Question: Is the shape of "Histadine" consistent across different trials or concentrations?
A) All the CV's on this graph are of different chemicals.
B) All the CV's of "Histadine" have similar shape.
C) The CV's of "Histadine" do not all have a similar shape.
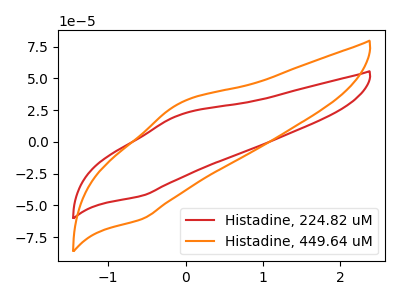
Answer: <think>The red curve "Histadine, 224.82 uM" has an anodic peak at (-0.10V, 21.15uA) and a cathodic peak at (-0.55V, -42.30uA). The orange curve "Histadine, 449.64 uM" has an anodic peak at (-0.10V, 30.30uA) and a cathodic peak at (-0.55V, -60.65uA).
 All the peaks in "Histadine, 224.82 uM" have a peak in "Histadine, 449.64 uM" at the same potential. Every peak in "Histadine, 224.82 uM" is lower than every peak in "Histadine, 449.64 uM".</think>
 <answer>B) All the CV's of "Histadine" have similar shape.</answer>
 <eval>B</eval>